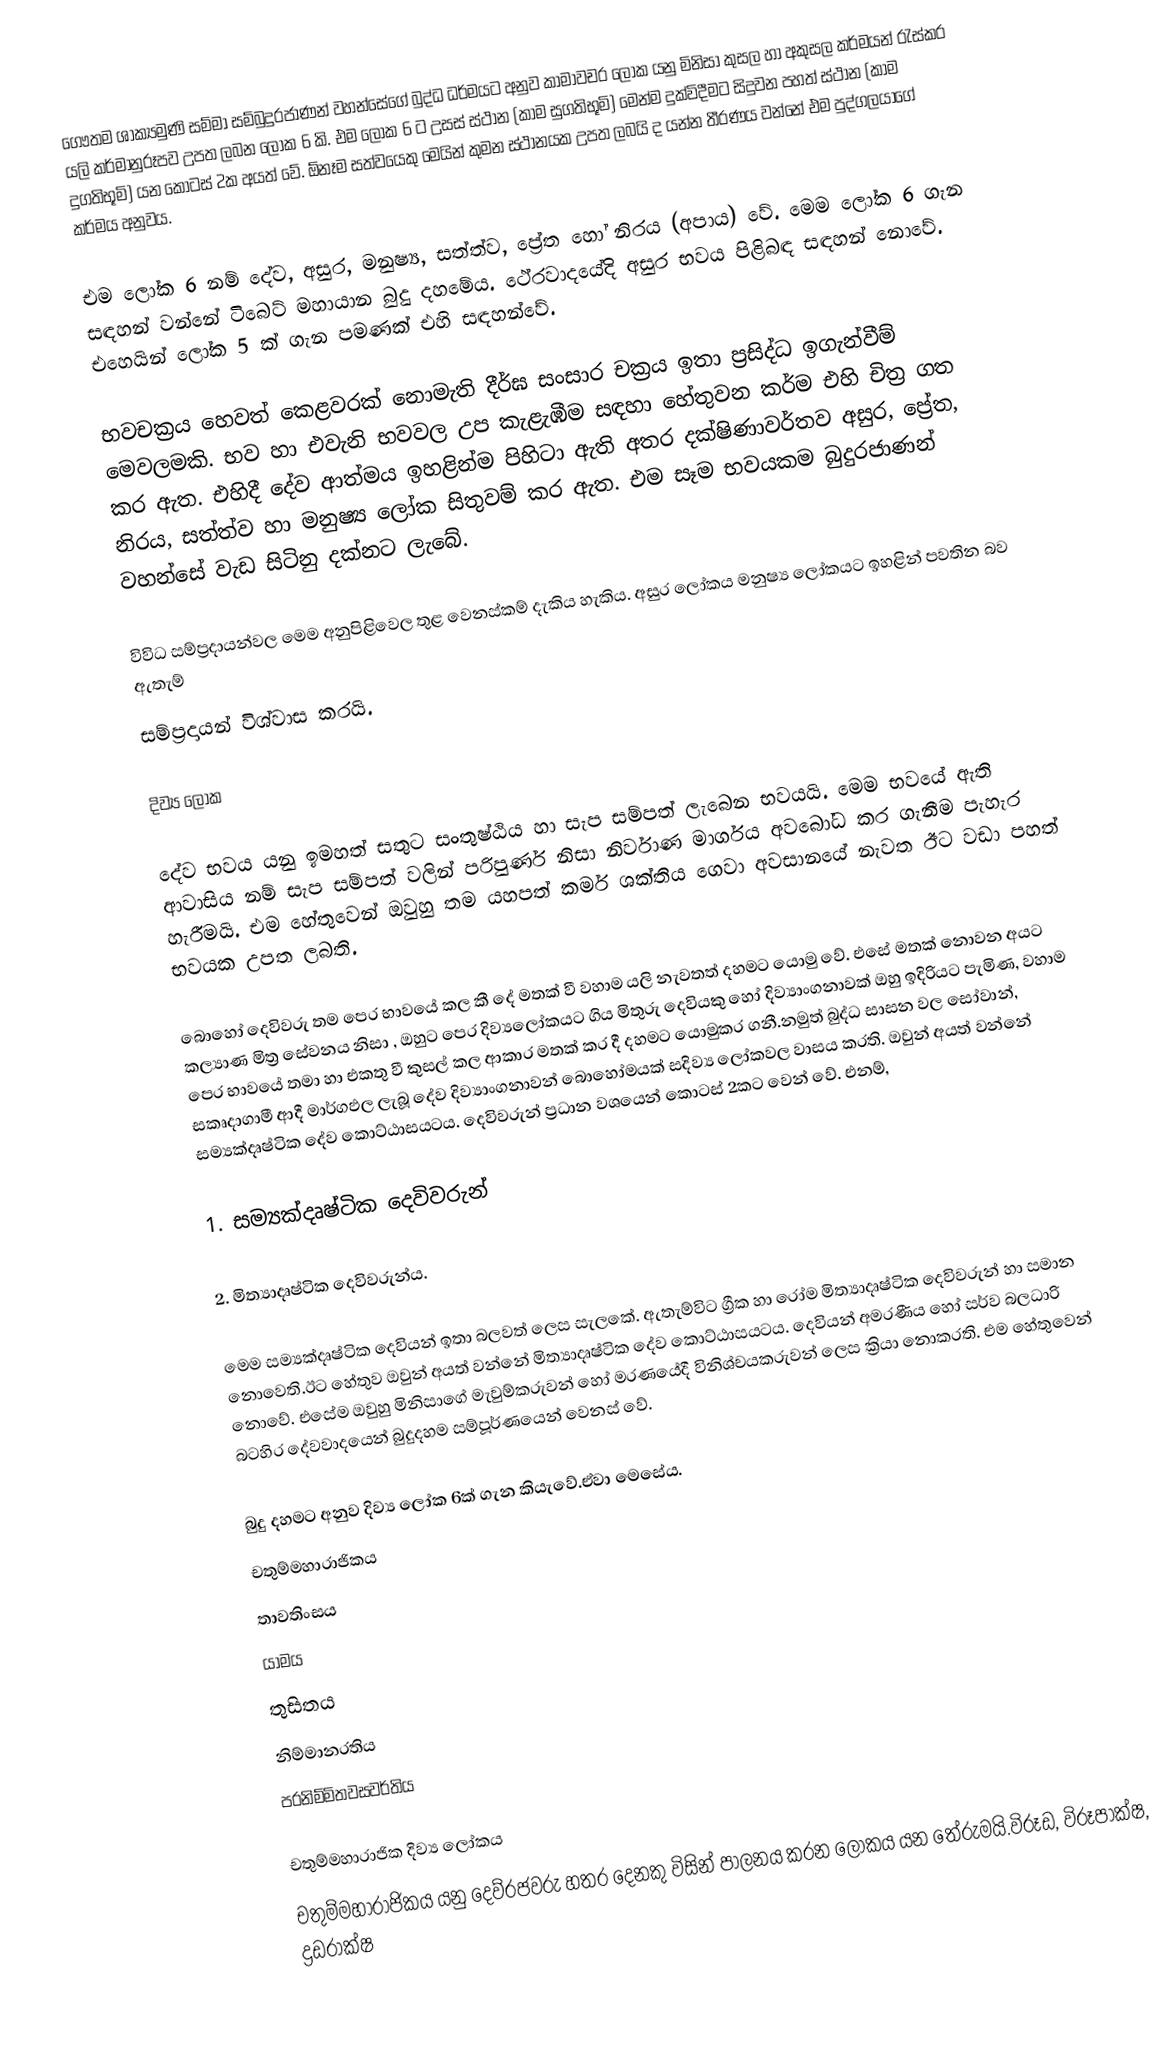
ගෞතම ශාක්‍යමුණි සම්මා සම්බුදුරජාණන් වහන්සේගේ බුද්ධ ධර්මයට අනුව කාමාවචර ලෝක යනු  මිනිසා කුසල හා අකුසල කර්මයන් රැස්කර යලි කර්මානුරූපව උපත ලබන ලෝක 6 කි. එම ලෝක 6 ට උසස් ස්ථාන (කාම සුගතිභූමි) මෙන්ම දුක්විදීමට සිදුවන පහත් ස්ථාන (කාම දුගතිභූමි) යන කොටස් 2ක අයත් වේ. ඕනෑම සත්වයෙකු මෙයින් කුමන ස්ථානයක උපත ලබයි ද යන්න තීරණය වන්නේ එම පුද්ගලයාගේ කර්මය අනුවය.

එම ‍ලෝක 6 නම් දේව, අසුර, මනුෂ්‍ය, සත්ත්ව, ප්‍රේත ‍හෝ නිරය (අපාය) වේ. මෙම ලෝක 6 ගැන සඳහන් වන්නේ ටිබෙට් මහායාන බුදු දහමේය. ථේරවාදයේදි අසුර භවය පිළිබඳ සඳහන් නොවේ. එහෙයින් ලෝක 5  ක් ගැන පමණක් එහි සඳහන්වේ.

භවචක්‍රය හෙවත් කෙළවරක් නොමැති දීර්ඝ සංසාර චක්‍රය ඉතා ප්‍රසිද්ධ ඉගැන්වීම් මෙවලමකි.  භව හා එවැනි භව‍වල උප කැළැඹීම සඳහා හේතුවන කර්ම එහි චිත්‍ර ගත කර ඇත. එහිදී දේව ආත්මය ඉහළින්ම පිහිටා ඇති අතර දක්ෂිණාවර්තව අසුර, ප්‍රේත, නිරය, සත්ත්ව හා මනුෂ්‍ය ලෝක සිතුවම් කර ඇත. එම සෑම භවයකම බුදුරජාණන් වහන්සේ වැඩ සිටිනු දක්නට ලැබේ.

විවිධ සම්ප්‍රදායන්වල‍ මෙම අනුපිළිවෙල‍ තුළ වෙනස්කම් දැකිය හැකිය. අසුර ලෝකය මනුෂ්‍ය ලෝකයට ඉහළින් පවතින බව ඇතැම්
සම්ප්‍රදායන් විශ්වාස ක‍රයි.

දිව්‍ය ලෝක

දේව භවය යනු ඉමහත් සතුට සංතුෂ්ඨිය හා සැප සම්පත් ලැබෙන භවයයි. මෙම භවයේ ඇති ආවාසිය නම් සැප සම්පත් වලින් පරිපුර්ණ නිසා නිර්වාණ මාර්ගය අවබෝධ කර ගැනීම පැහැර හැරීමයි. එම හේතුවෙන් ඔවුහු තම යහපත් කර්ම ශක්තිය ගෙවා අවසානයේ නැවත ඊට වඩා පහත් භවයක උපත ලබති.

බොහෝ දෙවිවරු තම පෙර භාවයේ කල කී දේ මතක් වී වහාම යලි නැවතත් දහමට යොමු වේ. එසේ මතක් නොවන අයට කල්‍යාණ මිත්‍ර සේවනය නිසා , ඔහුට පෙර දිව්‍යලෝකයට ගිය මිතුරු දෙවියකු හෝ දිව්‍යාංගනාවක් ඔහු ඉදිරියට පැමිණ, වහාම පෙර භාවයේ තමා හා එකතු වී කුසල් කල ආකාර මතක් කර දී දහමට යොමුකර ගනී.නමුත් බුද්ධ සාසන වල සෝවාන්, සකෘදාගාමී ආදී මාර්ගඵල ලැබූ දේව දිව්‍යාංගනාවන් බොහෝමයක් සදිව්‍ය ලෝකවල වාසය කරති. ඔවුන් අයත් වන්නේ සම්‍යක්දෘෂ්ටික දේව කොට්ඨාසයටය. දෙවිවරුන් ප්‍රධාන වශයෙන් කොටස් 2කට වෙන් වේ. එනම්,

1. සම්‍යක්දෘෂ්ටික දෙවිවරුන්

2. මිත්‍යාදෘෂ්ටික දෙවිවරුන්ය.

මෙම සම්‍යක්දෘෂ්ටික දෙවියන් ඉතා බලවත් ලෙස සැලකේ. ඇතැම්විට ග්‍රීක හා රෝම මිත්‍යාදෘෂ්ටික  දෙවිවරුන් හා සමාන නොවෙති.ඊට හේතුව ඔවුන් අයත් වන්නේ මිත්‍යාදෘෂ්ටික දේව කොට්ඨාසයටය. දෙවියන් අමරණීය හෝ සර්ව බලධාරි නොවේ. එසේම ඔවුහු මිනිසාගේ මැවුම්කරුවන් හෝ මරණයේදී විනිශ්චයකරුවන් ලෙස ක්‍රියා නොකරති. එම හේතුවෙන් බටහිර දේවවාදයෙන් බුදුදහම  සම්පූර්ණයෙන් වෙනස් වේ.

බුදු දහමට අනුව දිව්‍ය ලෝක 6ක් ගැන කියැවේ.ඒවා මෙසේය.
 චතුම්මහාරාජිකය
 තාවතිංසය
 යාමය
 තුසිතය
 නිම්මානරතිය
 පරනිම්මිතවසවර්තිය

චතුම්මහාරාජික දිව්‍ය ලෝකය
චතුම්මහාරාජිකය යනු දෙව්රජවරු හතර දෙනකු විසින් පාලනය කරන ලෝකය යන තේරුමයි.විරූඩ, විරූපාක්ෂ, ද්‍රඩරාක්ෂ